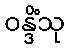
ဝန္ဒိံသု